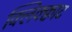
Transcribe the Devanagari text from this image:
क्लिक्क्वाट